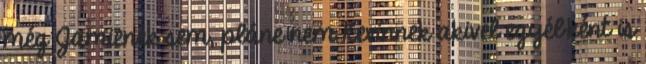
még Jamienek sem, pláne nem Kevinnek akivel egyébként is